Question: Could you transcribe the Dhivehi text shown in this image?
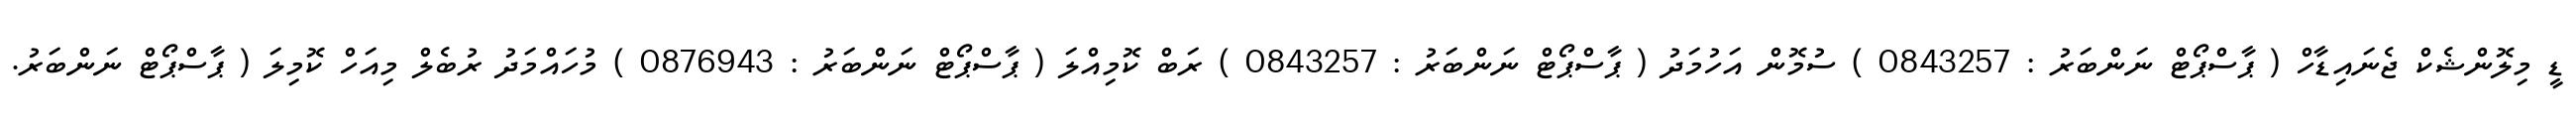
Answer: ޑީ މިލޮންޝެކް ޖެނައިޑާހް ( ޕާސްޕޯޓް ނަންބަރު : 0843257 ) ސުމޮން އަހުމަދު ( ޕާސްޕޯޓް ނަންބަރު : 0843257 ) ރަބް ކޮމިއްލަ ( ޕާސްޕޯޓް ނަންބަރު : 0876943 ) މުހައްމަދު ރުބެލް މިއަހް ކޮމިލަ ( ޕާސްޕޯޓް ނަންބަރު.